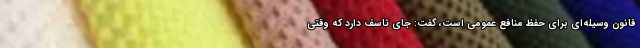
قانون وسیله‌ای برای حفظ منافع عمومی است، گفت: جای تاسف دارد که وقتی